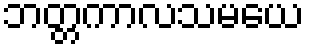
ဘတ္တကာလသမယေ